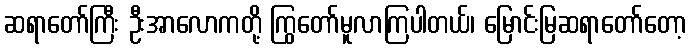
ဆရာတော်ကြီး ဦးအာလောကတို့ ကြွတော်မူလာကြပါတယ်၊ မြောင်းမြဆရာတော်တော့